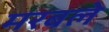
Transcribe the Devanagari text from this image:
मरबले